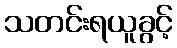
သတင်းရယူခွင့်